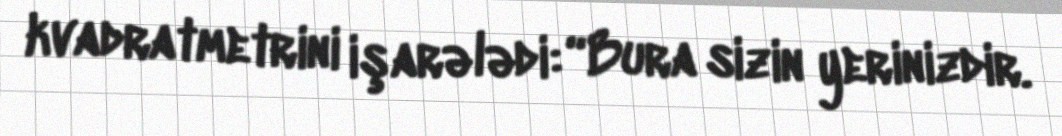
kvadratmetrini işarələdi: “Bura sizin yerinizdir.